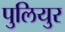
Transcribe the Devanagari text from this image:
पुलियुर